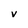
Character: v